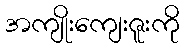
အကျိုးကျေးဇူးကို